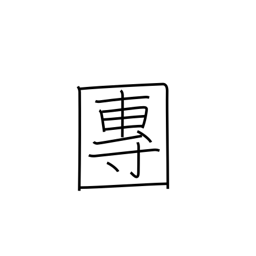
Meaning: association